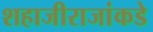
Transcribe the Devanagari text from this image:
शहाजीराजांकडे